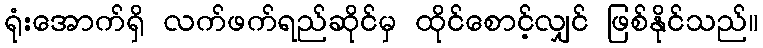
ရုံးအောက်ရှိ လက်ဖက်ရည်ဆိုင်မှ ထိုင်စောင့်လျှင် ဖြစ်နိုင်သည်။